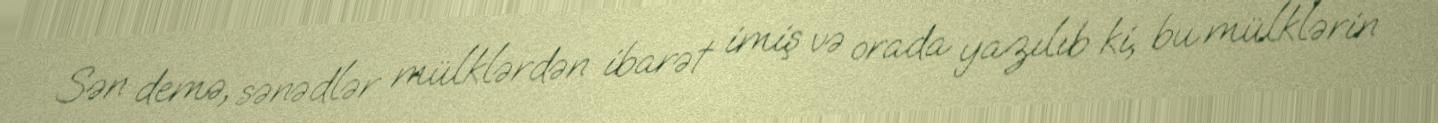
Sən demə, sənədlər mülklərdən ibarət imiş və orada yazılıb ki, bu mülklərin